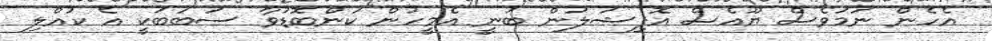
އެހެން ނަމަވެސް ޔޫއެސް އޮފިޝަލުން ބުނީ އެމީހުން ކަންބޮޑުވާ ސަބަބަކީ އެ ކުއްލި